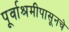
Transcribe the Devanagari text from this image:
पूर्वाश्रमीपासूनचे